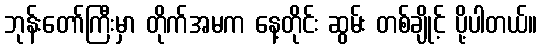
ဘုန်းတော်ကြီးမှာ တိုက်အမက နေ့တိုင်း ဆွမ်း တစ်ချိုင့် ပို့ပါတယ်။